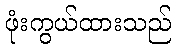
ဖုံးကွယ်ထားသည်